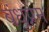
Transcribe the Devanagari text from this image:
बंधुप्रेम